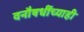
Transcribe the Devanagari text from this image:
वनौषधींच्याही